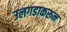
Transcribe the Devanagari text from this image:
उलगडाकरून